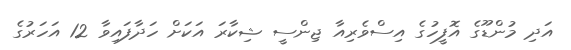
އަދި މުންޑޫގެ އޮފީހުގެ އިސްވެރިއާ ޖިންސީ ޝިކާރަ އަކަށް ހަދާފައިވާ 12 އަހަރުގެ